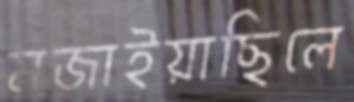
মজাইয়াছিলে